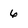
Character: 6